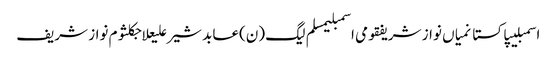
اسمبلیپاکستانمیاں نواز شریفقومی اسمبلیمسلم لیگ (ن)عابد شیر علیعلاجکلثوم نواز شریف